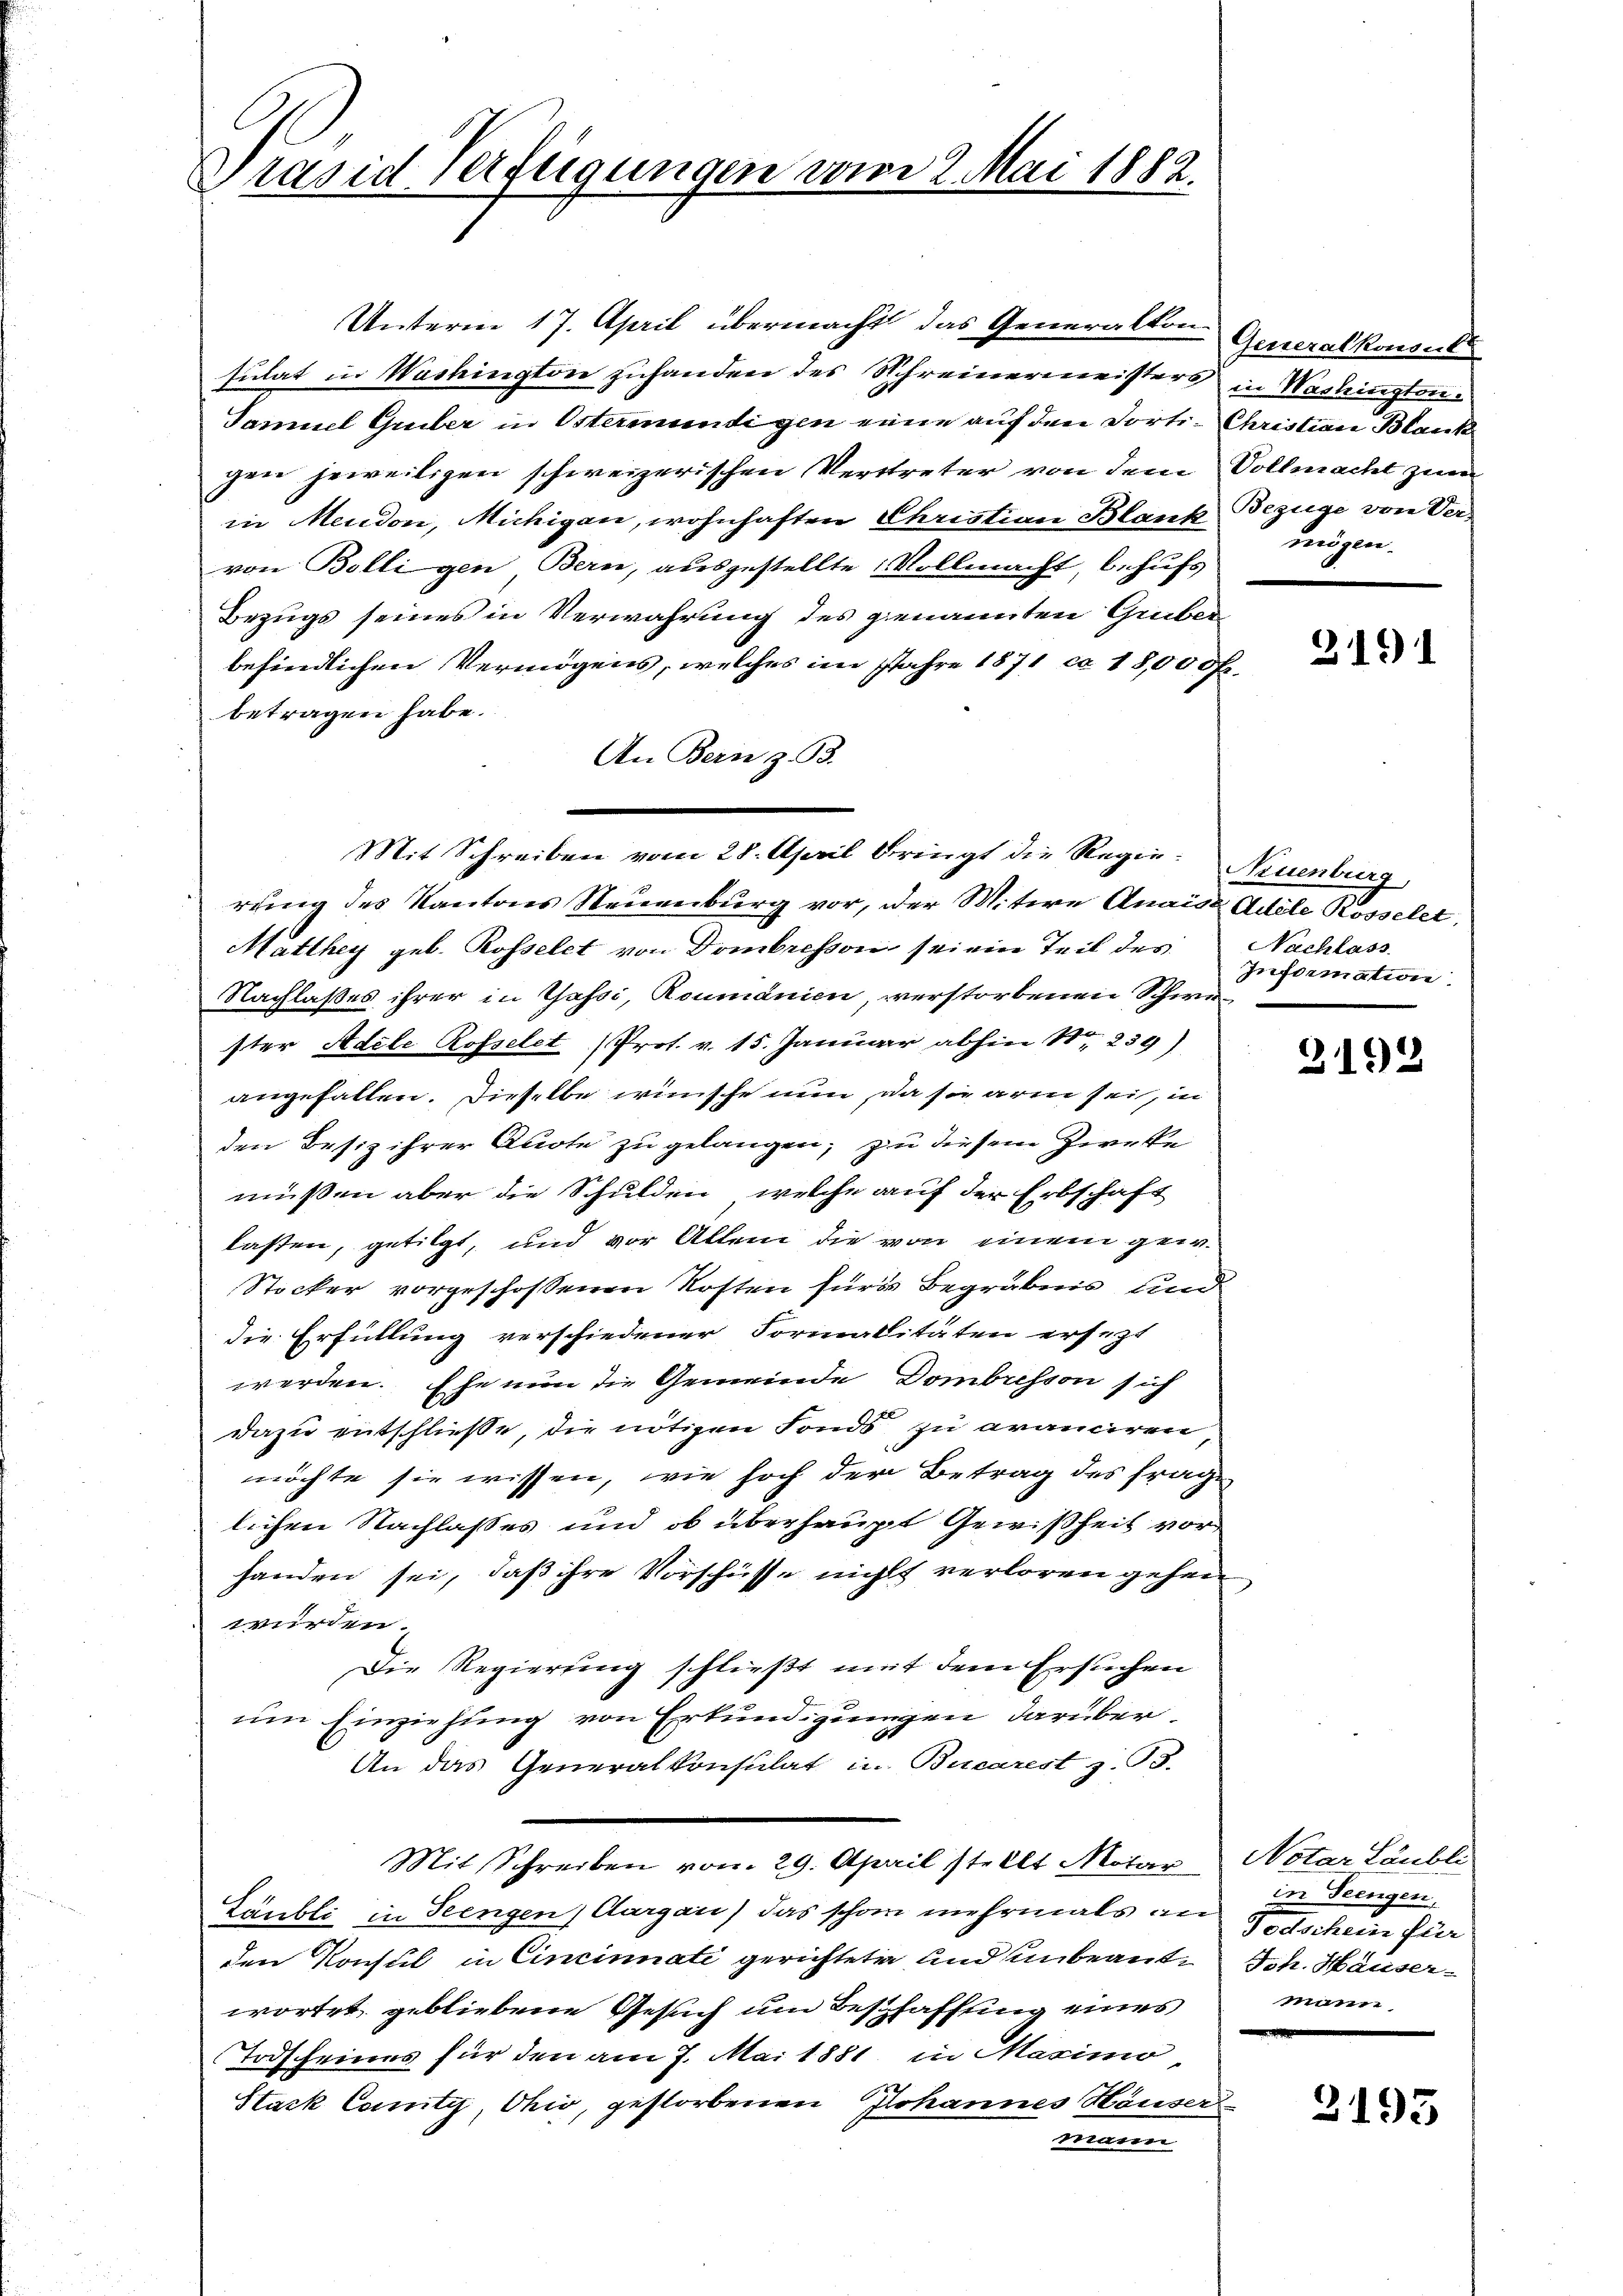
Präsid verfügungen vom 2. Mai 1882.

Unterm 17. April übermacht das Generalton Generalkonsul
sulat in Washington zuhanden des Schreinermeisters in Washington¬
Samuel Griber in Ostermündigen eine auf den Porti- Christian Blank
gen jeweiligen schweizerischen Vertreter von dem Vollmacht zum
in Neudon, Michigen, wohnhaften Christian Blaus Bezüge von Vervon Bolligen Bern, ausgestellte Vollmacht, behufs
Bezugs seines in Verwahrung des genannten Gruber
befindlichen Vermögens, welches im Jahre 1871 ca 18,000 fr
betragen habe.
An Bern z. B.
Matthey geb. Rosselet von Dombresson sei ein Teil des Nachlass
Nachlaßes ihrer in Gassi, Romanien, verstorbenen Schwester Adele Rosselet (Prot. v. 15. Januar abhin 1239)
angefallen. Dieselbe wünsche nun, da sie aren sei, in
den Besiz ihrer Quote zu gelangen, zu diesem Zwecke
müssen aber die Schulden, welche auf der Erbschaft
lasten, getilgt, und vor Allem die von einem gew
Stocker vorgeschossenen Kosten für’s Begräbnis und
die Erfüllung verschiedener Formalitäten ersezt
werden. Ehe nun die Gemeinde Dombresson sich
dazu entschließe, die nötigen Fonds zu avanciren
möchte sie wissen, wie hoch der Betrag des frage
lichen Nachlasses und ob überhaupt Gewißheit vor
handen sei, daß ihre Vorschüsse nichts verloren gehen
würden.
Die Regierung schließt mit dem Ersuchen
um Einziehung von Erkundigungen darüber.
An das Generalkonsulat in Bucarest z. T.
Mit Schreiben vom 29. April stellt Motar Notar Läubli
Läubli in Seengen, Aargau) das schon mehrmals an
den Konsul in Cincinnati gerichtete und unbeant Joh. Häuserwortet, gebliebene Gesuch um Beschaffung eines
Todfeines für den am 7. Mai 1881 in Maximo
Stack Comty, Ohio, gestorbenen Johannes Häusers
mnen

Mit Schreiben vom 28. April bringt die Regie- Neuenburg
rung des Kantons Neuenburg vor, der Mitere Quais Adele Rosselet,

mögen.

3191

Information.

3192

in Teengen.
Todschein für
mann

2195